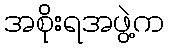
အစိုးရအဖွဲ့က